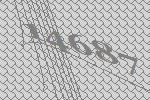
14687